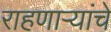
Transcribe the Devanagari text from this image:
राहणाऱ्यांचे